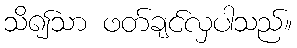
သိ၍သာ ဖတ်ချင်လှပါသည်။